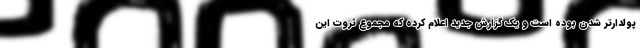
پولدارتر شدن بوده است و یک گزارش جدید اعلام کرده که مجموع ثروت این